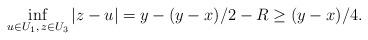
LaTeX: \begin{align*}\inf_{u\in U_1,\, z\in U_3} |z-u|=y-(y-x)/2-R\ge (y-x)/4.\end{align*}